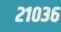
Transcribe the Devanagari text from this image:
२१०३६